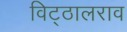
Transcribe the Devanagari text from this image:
विट्ठालराव